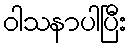
ဝါသနာပါပြီး